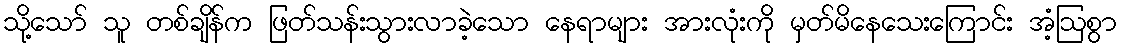
သို့သော် သူ တစ်ချိန်က ဖြတ်သန်းသွားလာခဲ့သော နေရာများ အားလုံးကို မှတ်မိနေသေးကြောင်း အံ့ဩစွာ